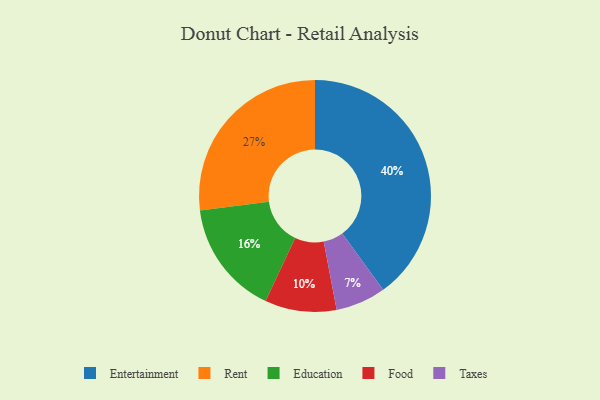
{"axis": {"x": "Category", "y": "Percentage"}, "legend": ["Education", "Entertainment", "Food", "Rent", "Taxes"], "data": [{"x": "Entertainment", "y": 40, "type": "Entertainment"}, {"x": "Food", "y": 10, "type": "Food"}, {"x": "Taxes", "y": 7, "type": "Taxes"}, {"x": "Education", "y": 16, "type": "Education"}, {"x": "Rent", "y": 27, "type": "Rent"}]}